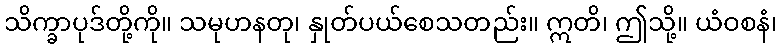
သိက္ခာပုဒ်တို့ကို။ သမုဟနတု၊ နှုတ်ပယ်စေသတည်း။ ဣတိ၊ ဤသို့။ ယံဝစနံ၊